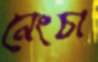
নেংচা